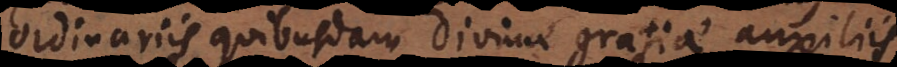
ordinariis quibusdam divinae gratiae auxiliis